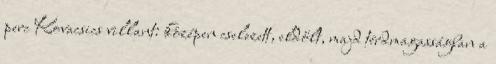
perc Kovacsics villant: középen cselezett, eldőlt, majd térdmagasságban a